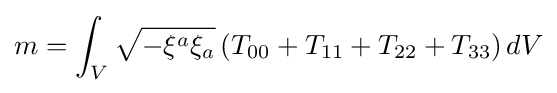
m=\int _{V}{\sqrt {-\xi ^{a}\xi _{a}}}\left(T_{00}+T_{11}+T_{22}+T_{33}\right)dV